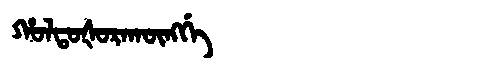
Manchu: ᡥᠣᠯᡨᠣᡧᠣᡵᠠᡴᡡᠩᡤᡝ
Romanization: HOLTOŠORAKŪNGGE